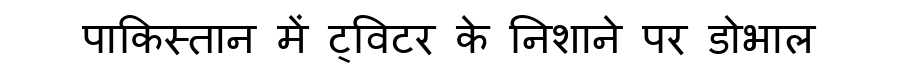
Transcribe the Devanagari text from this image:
पाकिस्तान में ट्विटर के निशाने पर डोभाल